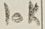
Text: 10K